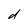
Character: d